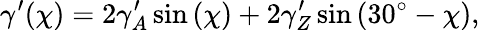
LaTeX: \gamma^{\prime}(\chi)=2\gamma_{A}^{\prime}\sin{(\chi)}+2\gamma_{Z}^{\prime}\sin{(30^{\circ}-\chi)},